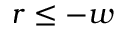
r \leq - w